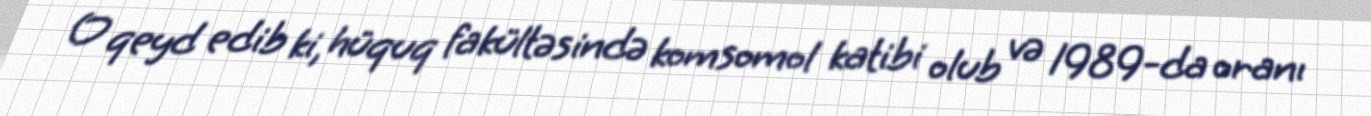
O qeyd edib ki, hüquq fakültəsində komsomol katibi olub və 1989-da oranı